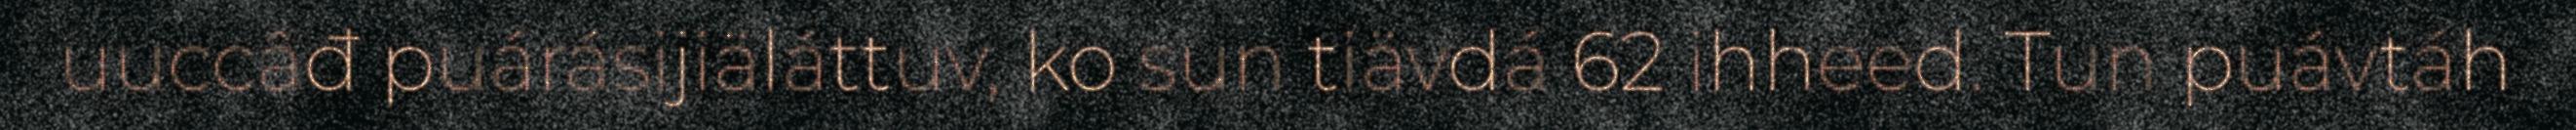
uuccâđ puárásijiäláttuv, ko sun tiävdá 62 ihheed. Tun puávtáh